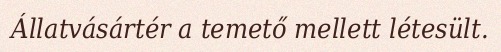
Állatvásártér a temető mellett létesült.